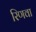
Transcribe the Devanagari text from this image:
रिणवा